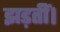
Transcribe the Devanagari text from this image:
झड़तीं।